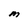
Character: M